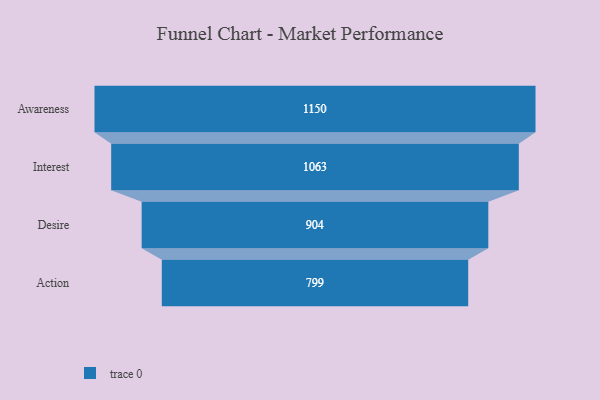
{"axis": {"x": "Stage", "y": "Value"}, "legend": [""], "data": [{"x": "Awareness", "y": 1150.0, "type": ""}, {"x": "Interest", "y": 1063.0, "type": ""}, {"x": "Desire", "y": 904.0, "type": ""}, {"x": "Action", "y": 799.0, "type": ""}]}